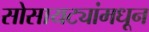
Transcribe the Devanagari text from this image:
सोसायट्यांमधून